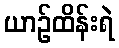
ယာဉ်ထိန်းရဲ